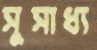
সুসাধ্য